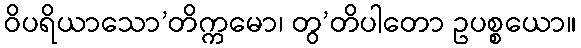
ဝိပရိယာသော’တိက္ကမော၊ တွ’တိပါတော ဥပစ္စယော။